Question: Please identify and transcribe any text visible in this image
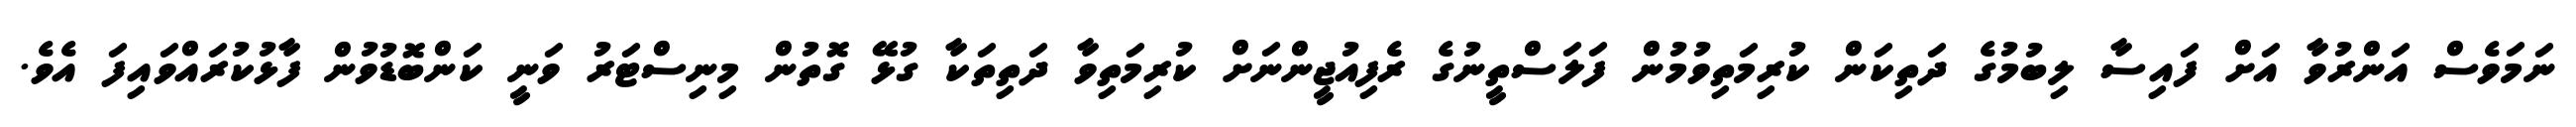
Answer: ނަމަވެސް އަންރުވާ އަށް ފައިސާ ލިބުމުގެ ދަތިކަން ކުރިމަތިވުމުން ފަލަސްތީނުގެ ރެފިއުޖީންނަށް ކުރިމަތިވާ ދަތިތަކާ ގުޅޭ ގޮތުން މިނިސްޓަރު ވަނީ ކަންބޮޑުވުން ފާޅުކުރައްވައިފަ އެވެ.